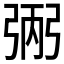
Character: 𢏺